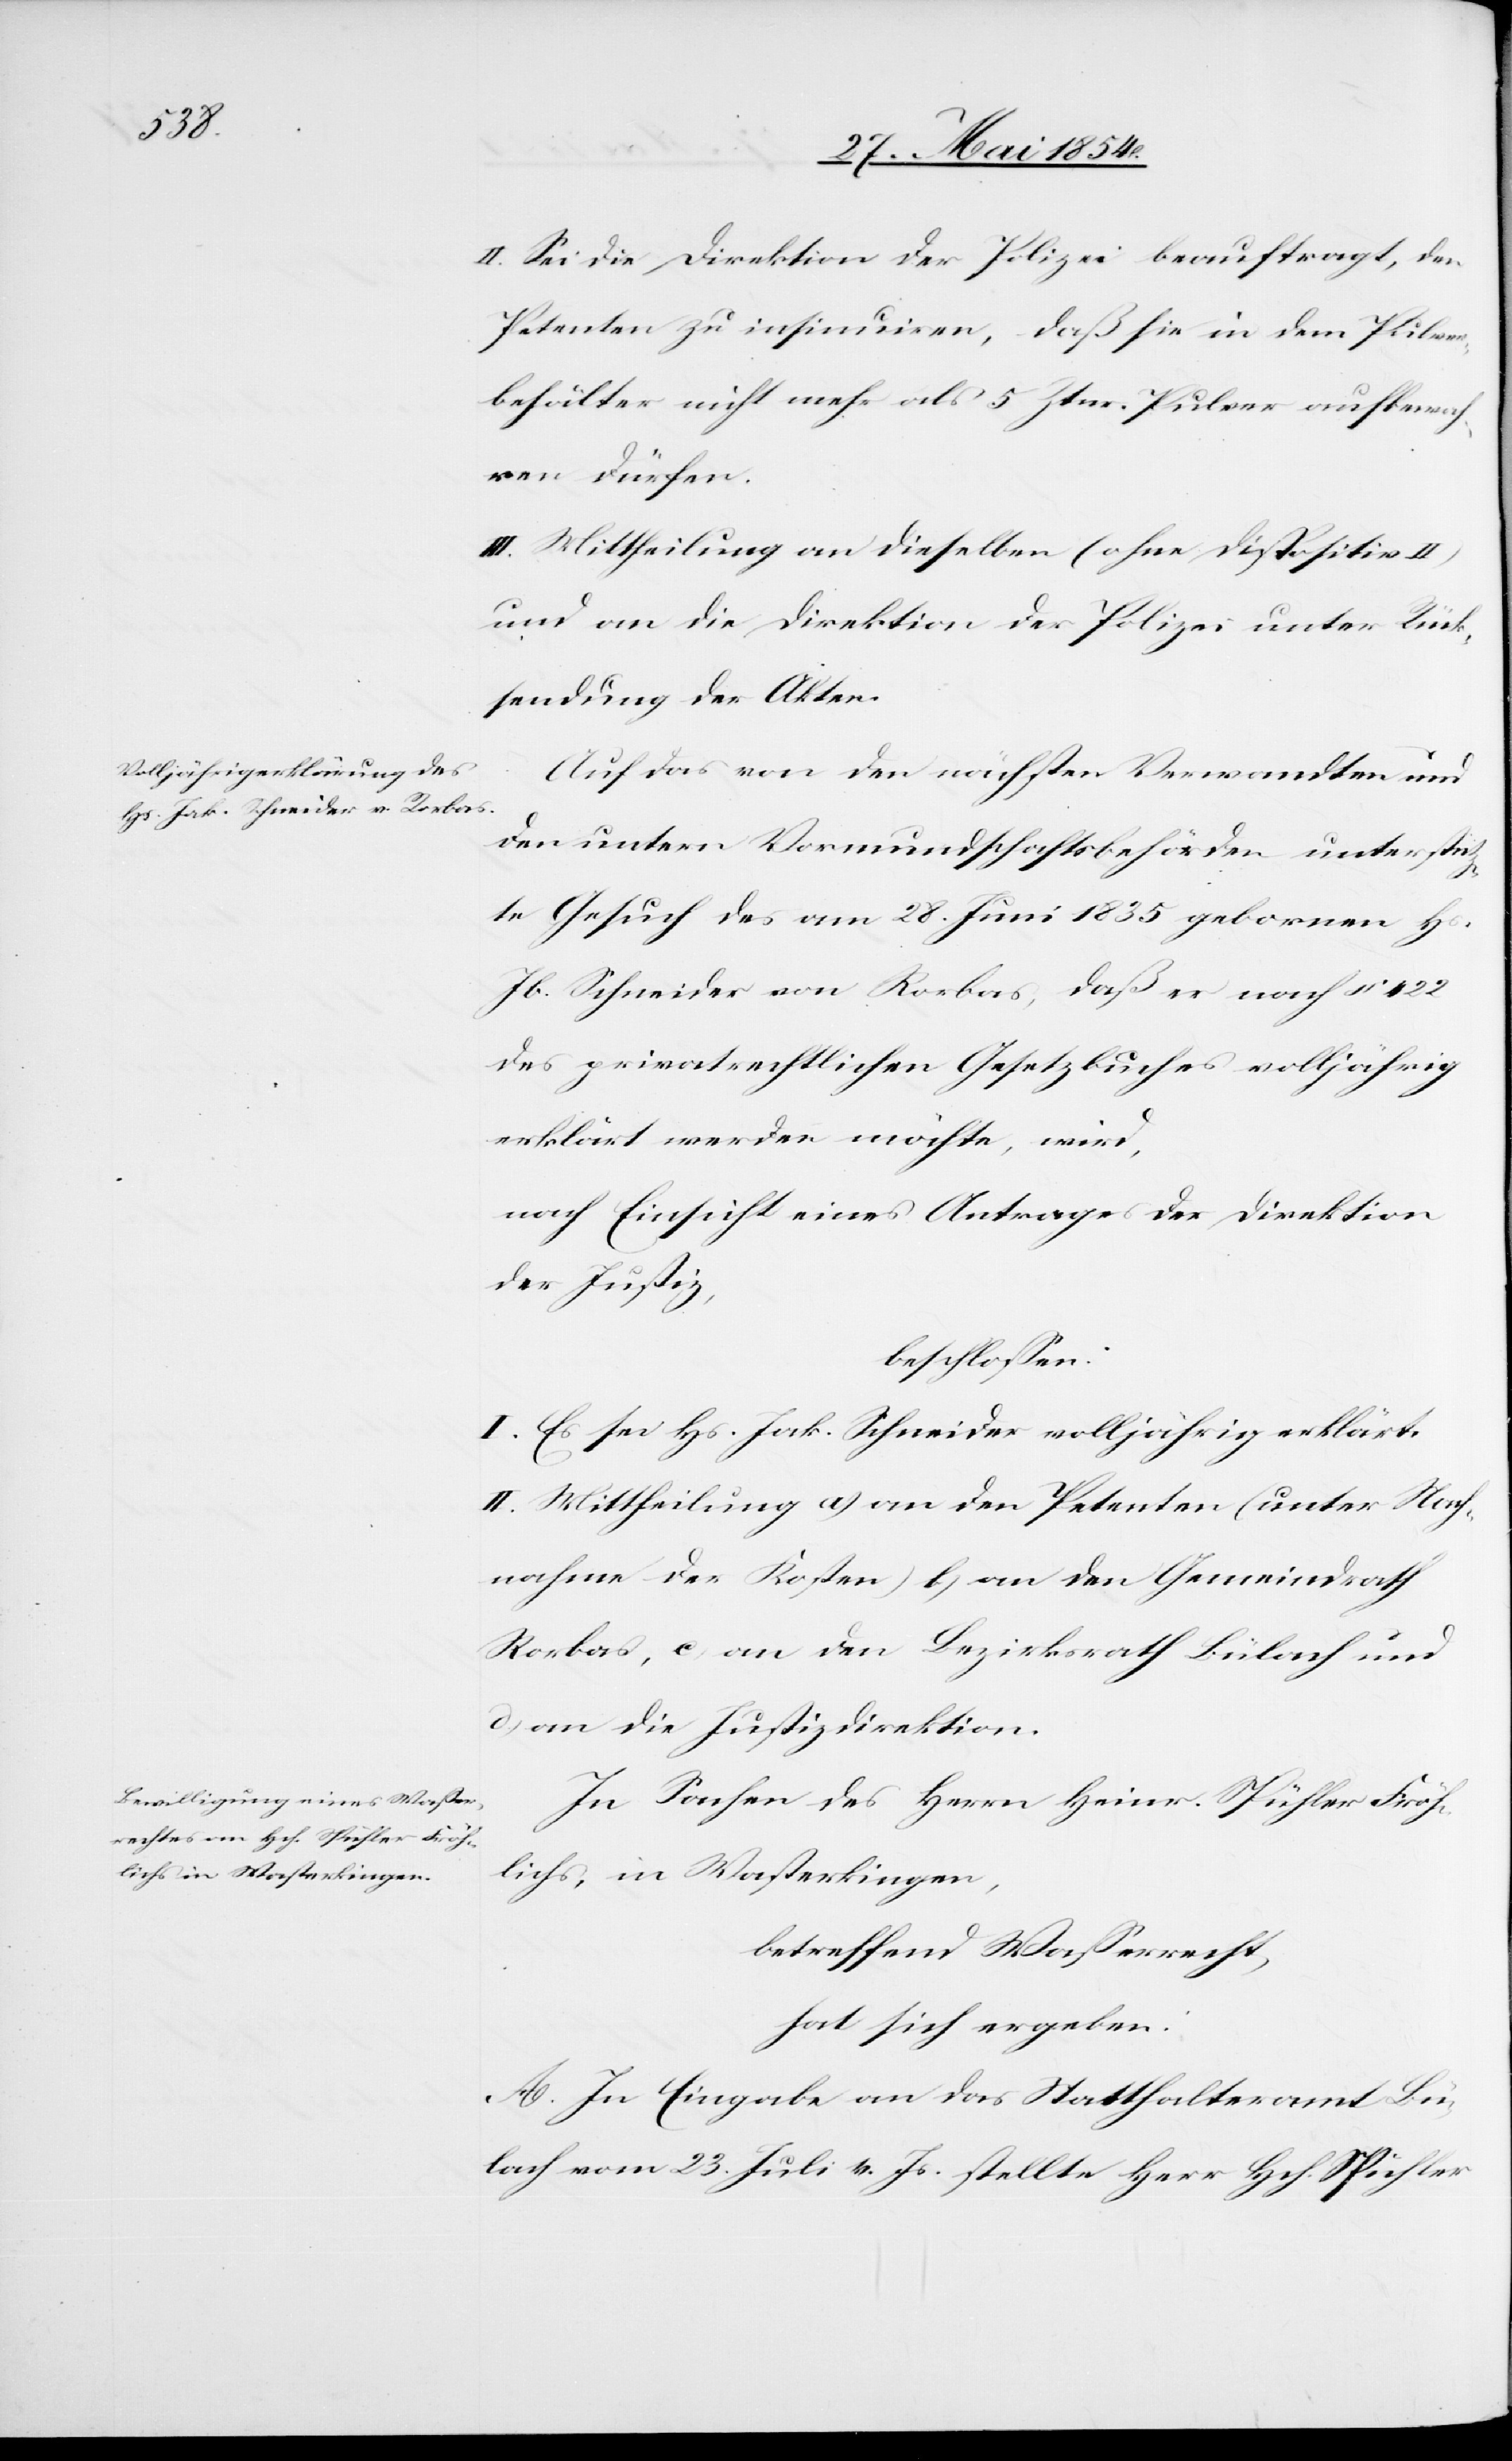
II. Sei die Direktion der Polizei beauftragt, den
Petenten zu insinuiren, daß sie in dem Pulver¬
behälter nicht mehr als 5 Ztnr. Pulver aufbewah¬
ren dürfen.
III. Mittheilung an dieselben (ohne Dispositiv II)
und an die Direktion der Polizei unter Rück¬
sendung der Akten.
Auf das von den nächsten Verwandten und
den untern Vormundschaftsbehörden unterstü¬
tze Gesuch des am 28. Juni 1835 gebornen Hs.
Jb. Schneider von Rorbas, daß er nach § 422
des privatrechtlichen Gesetzbuches volljährig
erklärt werden möchte, wird,
nach Einsicht eines Antrages der Direktion
der Justiz,
beschloßen:
I. Es sei Hs. Jak. Schneider volljährig erklärt.
II. Mittheilung a) an den Petenten (unter Nach¬
nahme der Kosten) b) an den Gemeindrath
Rorbas, c) an den Bezirksrath Bülach und
d) an die Justizdirektion.
In Sachen des Herrn Heinr. Spühler Fröh¬
lichs, in Wasterkingen,
betreffend Waßerrecht,
hat sich ergeben:
A. In Eingabe an das Statthalteramt Bü¬
lach vom 23. Juli v. Js. stellte Herr Hch. Spühler